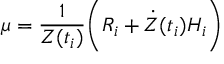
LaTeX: \mu = \frac { 1 } { Z ( t _ { i } ) } \biggr ( { \cal R } _ { i } + { \dot { Z } } ( t _ { i } ) { \cal H } _ { i } \biggl )